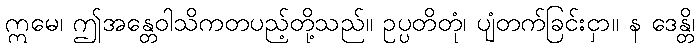
ဣမေ၊ ဤအန္တေဝါသိကတပည့်တို့သည်။ ဥပ္ပတိတုံ၊ ပျံတက်ခြင်းငှာ။ န ဒေန္တိ၊